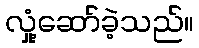
လှုံ့ဆော်ခဲ့သည်။